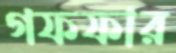
গফফার